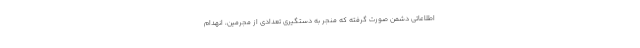
اطلاعاتی دشمن صورت گرفته که منجر به دستگیری تعدادی از مجرمین، انهدام